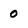
Character: 0